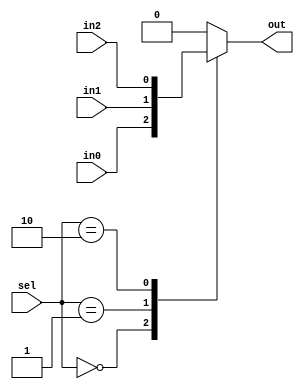
module mux4_1 #(parameter DATA_WIDTH=1)(

    input   wire   [DATA_WIDTH-1:0] in0,in1,in2,
    input   wire   [1:0]            sel,
    output  reg    [DATA_WIDTH-1:0] out  
);

always @(*)
   begin
        case (sel)
        2'b00: out =in0;
        2'b01: out =in1;
        2'b10: out =in2;
        default: out='b0;
        endcase     
   end
endmodule